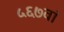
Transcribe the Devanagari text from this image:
५६७वां